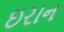
ઇરાન